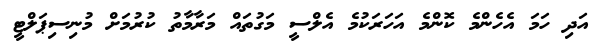
އަދި ހަމަ އެހެންމެ ކޮންމެ އަހަރަކުމެ އެލްސީ މަގުތައް މަރާމާތު ކުރުމަށް މުނިސިޕަލްޓީ